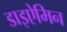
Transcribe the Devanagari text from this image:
डाइऐमिन